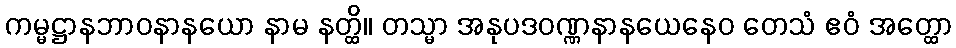
ကမ္မဋ္ဌာနဘာဝနာနယော နာမ နတ္ထိ။ တသ္မာ အနုပဒဝဏ္ဏနာနယေနေဝ တေသံ ဧဝံ အတ္ထော